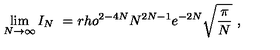
\lim _ { N \rightarrow \infty } I _ { N } \ = r h o ^ { 2 - 4 N } N ^ { 2 N - 1 } e ^ { - 2 N } \sqrt { \frac { \pi } { N } } \ ,